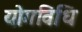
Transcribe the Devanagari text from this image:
योगविधि